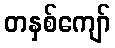
တနှစ်ကျော်